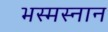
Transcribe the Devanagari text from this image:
भस्मस्नान